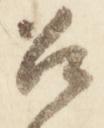
召